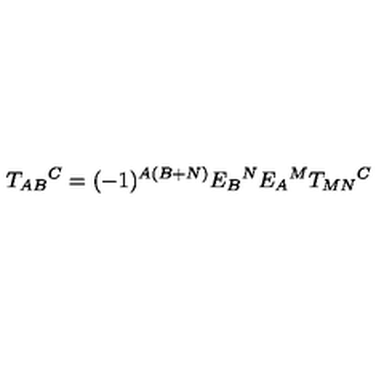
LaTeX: T _ { A B } { } ^ { C } = ( - 1 ) ^ { A ( B + N ) } E _ { B } { } ^ { N } E _ { A } { } ^ { M } T _ { M N } { } ^ { C }